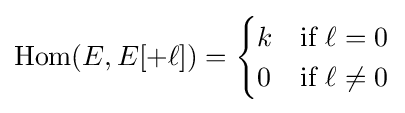
\operatorname {Hom} (E,E[+\ell ])={\begin{cases}k&{\text{if }}\ell =0\\0&{\text{if }}\ell \neq 0\end{cases}}